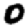
Digit: 0